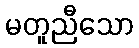
မတူညီသော